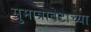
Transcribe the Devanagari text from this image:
सुमात्राबेटाच्या